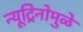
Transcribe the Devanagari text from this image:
न्यूट्रिनोमुळे